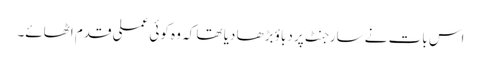
اس بات نے سارجنٹ پر دباؤ بڑھا دیا تھا کہ وہ کوئی عملی قدم اٹھائے۔